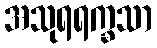
အသုရရက္ခသာ